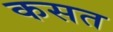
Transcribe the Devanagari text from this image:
कसत